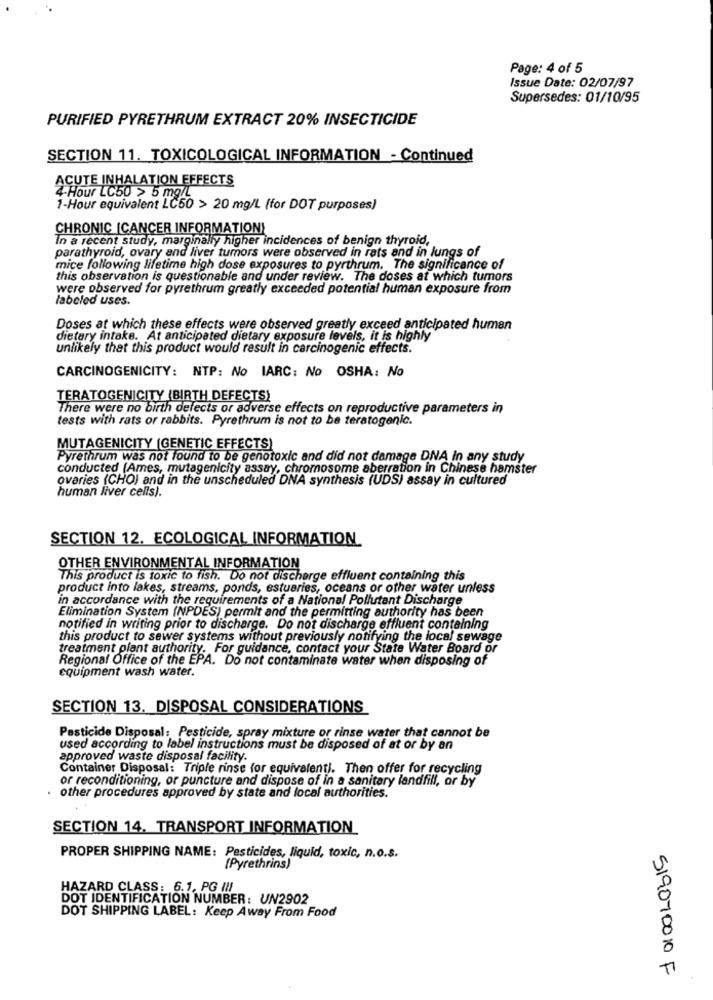
Page: 4 of 5
Issue Date: 02/07/97
Supersedes: 01/10/95
PURIFIED PYRETHRUM EXTRACT 20% INSECTICIDE
SECTION 11. TOXICOLOGICAL INFORMATION - Continued
ACUTE INHALATION EFFECTS
4-Hour LC50 > 5 mg/L
1-Hour equivalent LC50 > 20 mg/L (for DOT purposes)
CHRONIC [CANCER INFORMATION)
In a recent study, marginally higher incidences of benign thyroid,
parathyroid, ovary and liver tumors were observed in rats and in lungs of
mice following lifetime high dose exposures to pyrthrum. The significance of
this observation is questionable and under review. The doses at which tumors
were observed for pyrethrum greatly exceeded potential human exposure from
labeled uses.
Doses at which these effects were observed greatly exceed anticipated human
dietary intake. At anticipated dietary exposure levels, it is highly
unlikely that this product would result in carcinogenic effects.
CARCINOGENICITY: NTP: No IARC: No OSHA: No
TERATOGENICITY (BIRTH DEFECTS)
There were no birth defects or adverse effects on reproductive parameters in
tests with rats or rabbits. Pyrethrum is not to be teratogenic.
MUTAGENICITY (GENETIC EFFECTS)
Pyrethrum was not found to be genotoxic and did not damage DNA In any study
conducted (Ames, mutagenicity assay, chromosome aberration in Chinese hamster
ovaries (CHO) and in the unscheduled DNA synthesis (UDS) assay in cultured
human liver cells).
SECTION 12. ECOLOGICAL INFORMATION
OTHER ENVIRONMENTAL INFORMATION
This product is toxic to fish. Do not discharge effluent containing this
product into lakes, streams, ponds, estuaries, oceans or other water unless
in accordance with the requirements of a National Pollutant Discharge
Elimination System (NPDES) permit and the permitting authority has been
notified in writing prior to discharge. Do not discharge effluent containing
this product to sewer systems without previously notifying the local sewage
treatment plant authority. For guidance, contact your State Water Board or
Regional Office of the EPA. Do not contaminate water when disposing of
equipment wash water.
SECTION 13. DISPOSAL CONSIDERATIONS
Pesticide Disposal: Pesticide, spray mixture or rinse water that cannot be
used according to label instructions must be disposed of at or by an
approved waste disposal facility.
Container Disposal: Triple rinse for equivalent). Then offer for recycling
or reconditioning, or puncture and dispose of in a sanitary landfill, or by
other procedures approved by state and local authorities.
SECTION 14. TRANSPORT INFORMATION
PROPER SHIPPING NAME: Pesticides, liquid, toxic, n.o.s.
(Pyrethrins)
HAZARD CLASS: 6.1, PG III
DOT IDENTIFICATION NUMBER: UN2902
DOT SHIPPING LABEL: Keep Away From Food
519070010 F